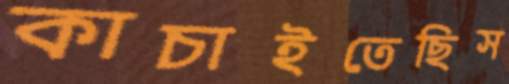
কাচাইতেছিস